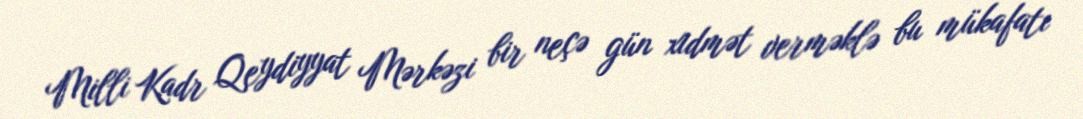
Milli Kadr Qeydiyyat Mərkəzi bir neçə gün xidmət verməklə bu mükafatı